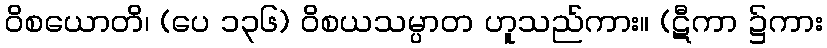
ဝိစယောတိ၊ (ပေ ၁၃၆) ဝိစယသမ္ပာတ ဟူသည်ကား။ (ဋီကာ ၌ကား